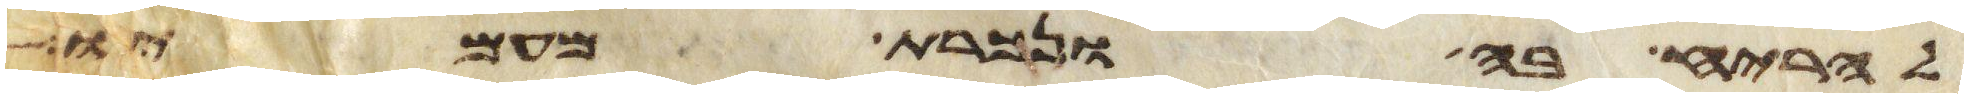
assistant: להריח בה ונכרת מעמיו